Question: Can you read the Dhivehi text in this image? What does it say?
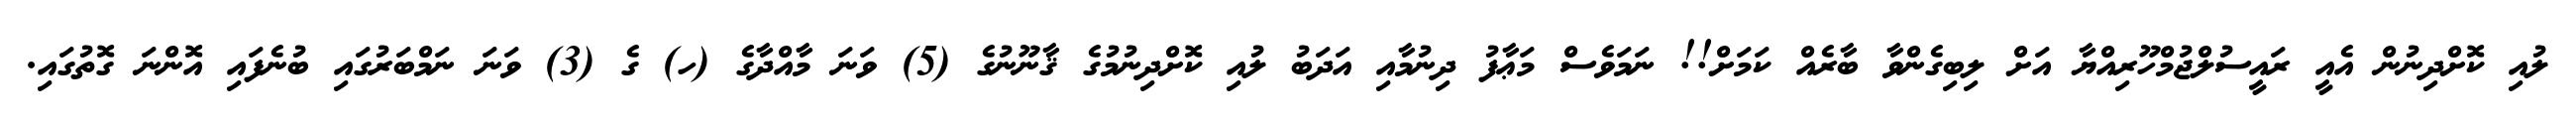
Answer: ލުއި ކޮށްދިނުން އެއީ ރައީސުލްޖުމްހޫރިއްޔާ އަށް ލިބިގެންވާ ބާރެއް ކަމަށް!! ނަމަވެސް މަޢާފު ދިނުމާއި އަދަބު ލުއި ކޮށްދިނުމުގެ ޤާނޫނުގެ (5) ވަނަ މާއްދާގެ (ހ) ގެ (3) ވަނަ ނަމްބަރުގައި ބުނެފައި އޮންނަ ގޮތުގައި.